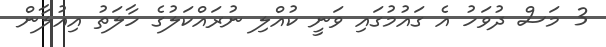
3 މަސް ދުވަހު އެ ގައުމުގައި ވަނީ ކުއްލި ނުރައްކަލުގެ ހާލަތު އިއުލާން